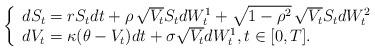
LaTeX: \begin{align*} \left \{ \begin{array}{l} dS_t = r S_t dt + \rho \, \sqrt{V_t} S_t dW_{t}^1 + \sqrt{1-\rho^2}\, \sqrt{V_t} S_{t} dW_t^2\\ dV_t = \kappa(\theta -V_t) dt + \sigma \sqrt{V_t} dW_{t}^1 , t \in [0,T]. \end{array} \right. \end{align*}